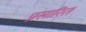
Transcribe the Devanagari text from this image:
प्रसारित